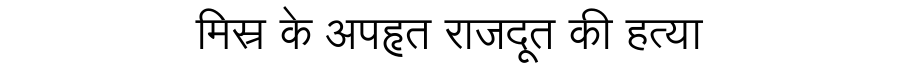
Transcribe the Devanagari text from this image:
मिस्र के अपहृत राजदूत की हत्या